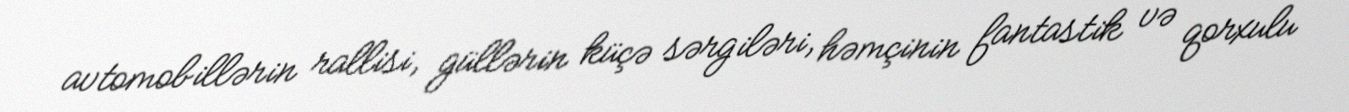
avtomobillərin rallisi, güllərin küçə sərgiləri, həmçinin fantastik və qorxulu